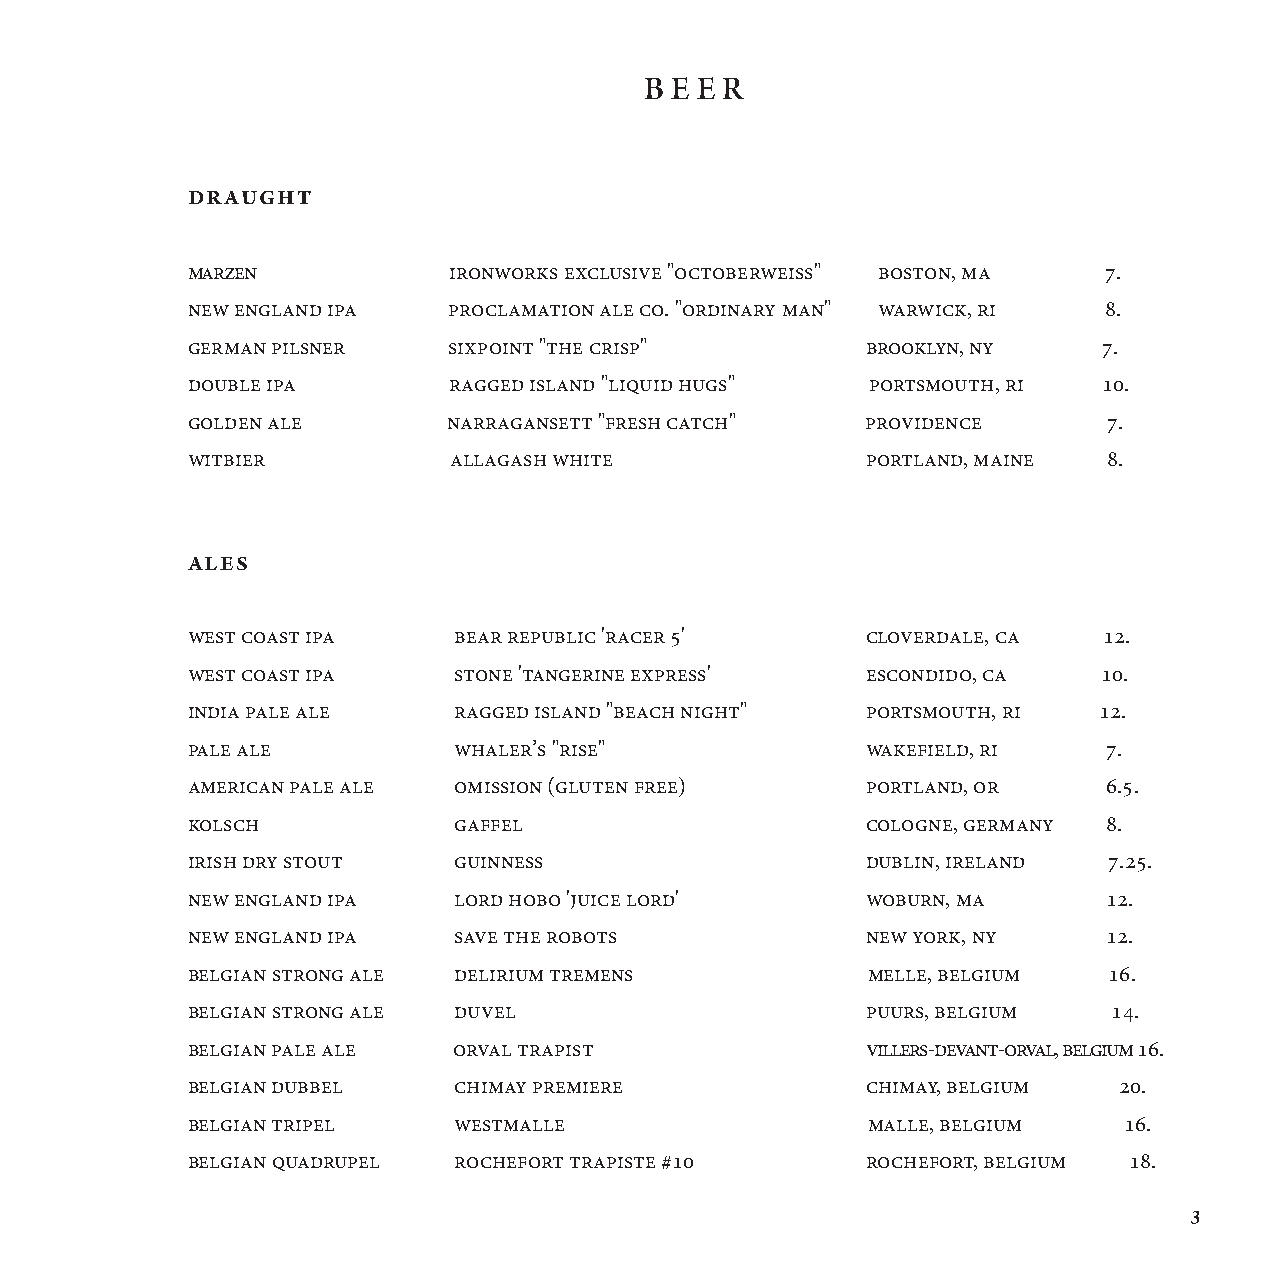
B E E R
 Draught
 Marzen            Ironworks Exclusive "OCtoberweiss" Boston, MA 7.
 New England IPA   Proclamation Ale Co. "Ordinary Man" Warwick, RI 8.
 German Pilsner    Sixpoint "The Crisp"       Brooklyn, NY    7.
 Double IPA        Ragged Island "Liquid Hugs" Portsmouth, RI 10.
 Golden ALE        Narragansett "Fresh Catch" providence      7.
 witbier           Allagash White             Portland, Maine 8.
 Ales
 West Coast IPA    Bear Republic 'Racer 5'    Cloverdale, CA  12.
 West Coast IPA    Stone 'Tangerine Express'  Escondido, CA   10.
 India Pale Ale    Ragged Island "Beach Night" Portsmouth, RI 12.
 Pale Ale          Whaler’s "Rise"            Wakefield, RI   7.
 American Pale Ale Omission (Gluten Free)     Portland, OR    6.5.
 Kolsch            Gaffel                     Cologne, GermanY 8.
 Irish Dry Stout   Guinness                   Dublin, Ireland 7.25.
 New England IPA   Lord Hobo 'Juice Lord'     Woburn, MA      12.
 New England IPA   Save The Robots            New York, NY    12.
 Belgian Strong Ale Delirium Tremens          Melle, Belgium  16.
 Belgian Strong Ale Duvel                     Puurs, Belgium   14.
 Belgian Pale Ale  Orval Trapist              Villers-devant-Orval, Belgium 16.
 Belgian Dubbel    Chimay Premiere            Chimay, Belgium  20.
 Belgian Tripel    Westmalle                  Malle, Belgium   16.
 Belgian Quadrupel Rochefort Trapiste #10     Rochefort, Belgium 18.
 3